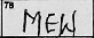
Transcription: MEW